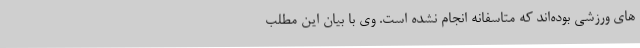
های ورزشی بوده‌اند که متاسفانه انجام نشده است. وی با بیان این مطلب